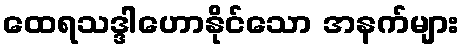
ထေရသဒ္ဒါဟောနိုင်သော အနက်များ